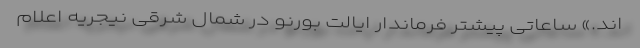
اند.» ساعاتی پیشتر فرماندار ایالت بورنو در شمال شرقی نیجریه اعلام